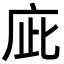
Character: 庛